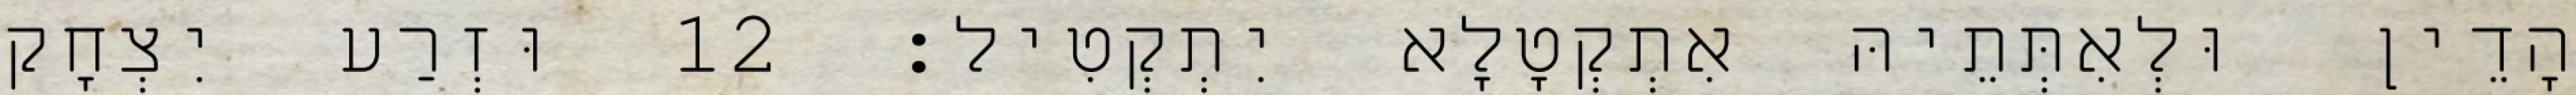
הָדֵין וּלְאִתְּתֵיהּ אִתְקְטָלָא יִתְקְטִיל׃ 12 וּזְרַע יִצְחָק